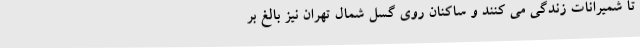
تا شمیرانات زندگی می کنند و ساکنان روی گسل شمال تهران نیز بالغ بر